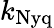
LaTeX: k_{\mathrm{Nyq}}